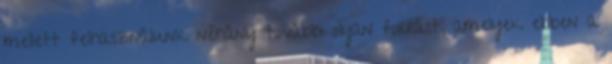
mellett felhasználunk néhány további olyan forrást, amelyek ebben a